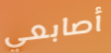
أصابعي